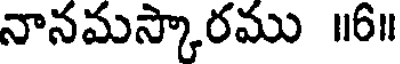
నానమస్కారము ॥6॥